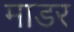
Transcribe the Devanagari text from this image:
माडर